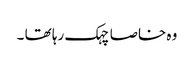
وہ خاصا چہک رہا تھا ۔